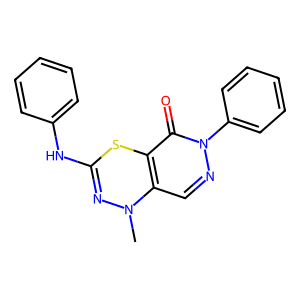
SMILES: CN1N=C(Nc2ccccc2)Sc2c1cnn(-c1ccccc1)c2=O
Inhibits HIV replication: No